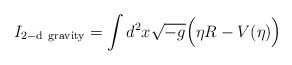
\begin{align*}I_{\rm 2-d~gravity} = \int d^2x \sqrt{-g} \Big(\eta R - V (\eta)\Big)\end{align*}